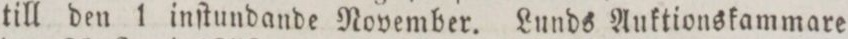
till den 1 inſtundande November. Lunds Auktionskammare